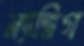
ন্যাভিগ